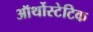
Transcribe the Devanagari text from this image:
ऑर्थोस्टेटिक